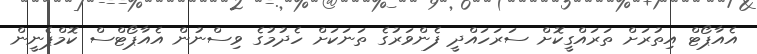
އެއާޕޯޓް އިތުރަށް ތަރައްގީކޮށް ސަރަހައްދީ ފެންވަރުގެ ތަނަކަށް ހެދުމުގެ ވިސްނުން އެއާޕޯޓްސް ކޮމްޕެނީން